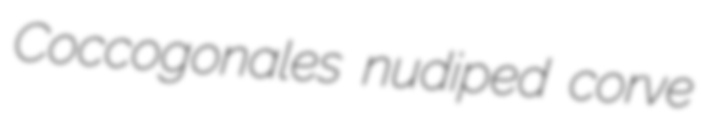
Coccogonales nudiped corve